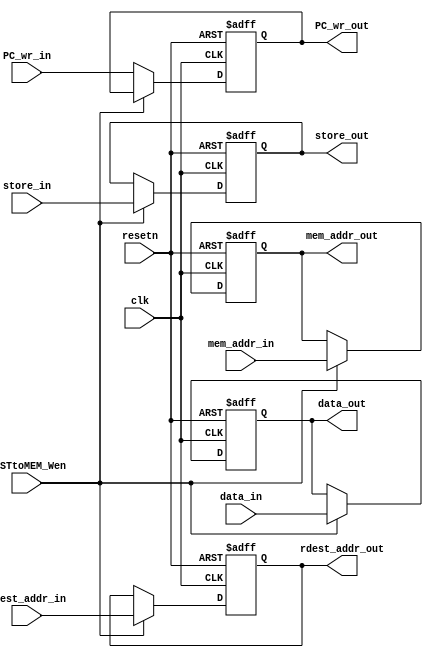
module EXSTtoMEM_reg (
  input         clk,
  input         resetn,
  input         EXSTtoMEM_Wen,
  input  [15:0] mem_addr_in,
  input  [2:0]  rdest_addr_in,
  input  [31:0] data_in,
  input         store_in,
  input         PC_wr_in,
  
  output [15:0] mem_addr_out,
  output [2:0]  rdest_addr_out,
  output [31:0] data_out,
  output        store_out,
  output        PC_wr_out
);

  reg  [15:0] mem_addr;
  reg  [2:0]  rdest_addr;
  reg  [31:0] rdest_data;
  reg         store;
  reg         PC_wr;
  
  wire [15:0] next_mem_addr;
  wire [2:0]  next_rdest_addr;
  wire [31:0] next_rdest_data;
  wire        next_store;
  wire        next_PC_wr;
  
  always@(posedge clk, negedge resetn)
    begin
      if(resetn == 1'b0)
        begin
          mem_addr   <= 16'h0000;
          rdest_addr <= 3'h0;
          rdest_data <= 32'h0000;
          store      <= 1'b0;
          PC_wr      <= 1'b0;
        end 
      else 
        begin
          mem_addr   <= next_mem_addr;
          rdest_addr <= next_rdest_addr;
          rdest_data <= next_rdest_data;
          store      <= next_store;
          PC_wr      <= next_PC_wr;
        end
    end
  
  assign next_mem_addr   = (EXSTtoMEM_Wen == 1'b1) ? mem_addr_in : mem_addr;
  assign next_store      = (EXSTtoMEM_Wen == 1'b1) ? store_in : store;
  assign next_rdest_data = (EXSTtoMEM_Wen == 1'b1) ? data_in : rdest_data;
  assign next_rdest_addr = (EXSTtoMEM_Wen == 1'b1) ? rdest_addr_in : rdest_addr;
  assign next_PC_wr      = (EXSTtoMEM_Wen == 1'b1) ? PC_wr : PC_wr_in;
  
  assign mem_addr_out    = mem_addr;
  assign store_out       = store;
  assign data_out  = rdest_data;
  assign rdest_addr_out  = rdest_addr;
  assign PC_wr_out = PC_wr;

endmodule